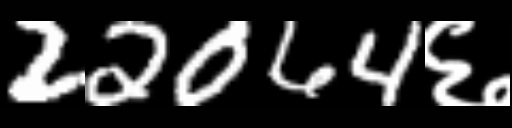
Text: 22064६